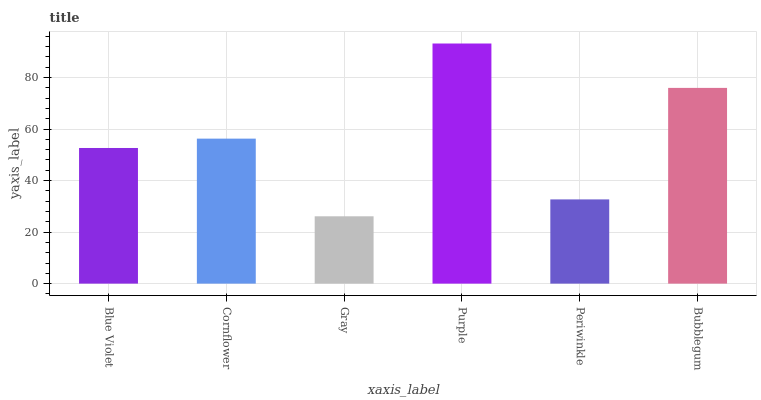
| xaxis_label | bars |
 | --- | --- |
 | Blue Violet | 52.7 |
 | Cornflower | 56.3 |
 | Gray | 26.1 |
 | Purple | 93.2 |
 | Periwinkle | 32.7 |
 | Bubblegum | 76 |